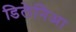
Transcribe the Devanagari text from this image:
डिलेनिआ